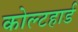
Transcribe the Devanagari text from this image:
कोल्टहार्ड